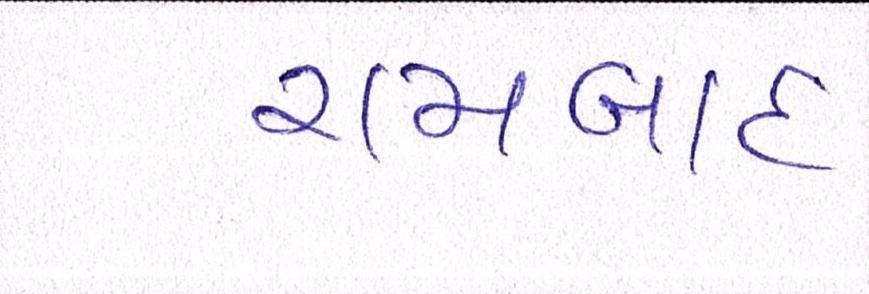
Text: રામબાદ